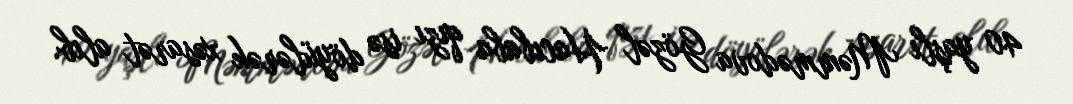
40 yaşlı Məmmədova Gözəl Hacıbaba qızı isə döyülərək xəsarət alıb.